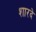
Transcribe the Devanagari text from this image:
शारदे